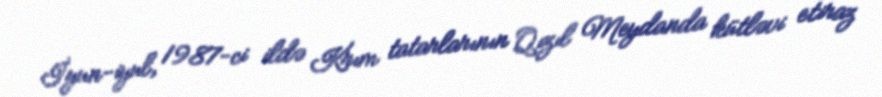
İyun-iyul, 1987-ci ildə Krım tatarlarının Qızıl Meydanda kütləvi etiraz